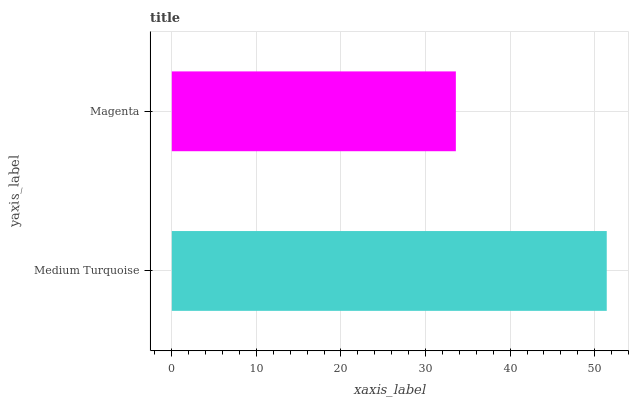
| yaxis_label | bars |
 | --- | --- |
 | Medium Turquoise | 51.4 |
 | Magenta | 33.6 |